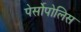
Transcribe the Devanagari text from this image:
पेर्सोपोलिस